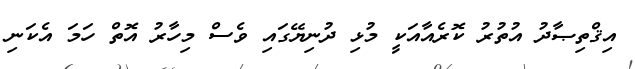
އިޤްތިޞާދު އުތުރު ކޮރެއާއަކީ މުޅި ދުނިޔޭގައި ވެސް މިހާރު އޮތް ހަމަ އެކަނި